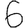
Digit: 6